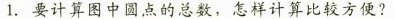
1.要计算图中圆点的总数，怎样计算比较方便?